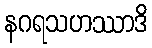
နဂရသဟဿာဒိ